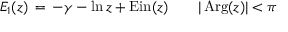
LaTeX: E _ { 1 } ( z ) \, = \, - \gamma - \ln z + \mathrm { { E i n } } ( z ) \qquad | \operatorname { A r g } ( z ) | < \pi